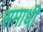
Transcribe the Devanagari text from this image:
समाधीं